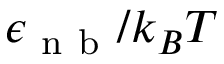
\epsilon _ { \mathrm { ~ n ~ b ~ } } / k _ { B } T